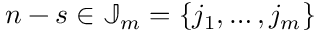
{ n - s } \in \mathbb { J } _ { m } = \{ j _ { 1 } , \dots , j _ { m } \}